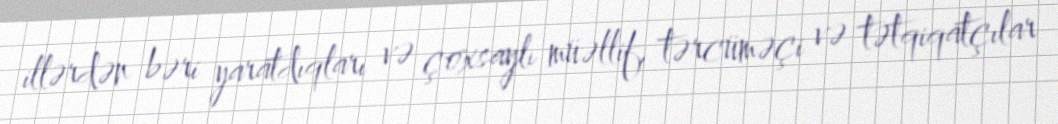
illərdən bəri yaratdıqları və çoxsaylı müəllif, tərcüməçi və tətqiqatçılar